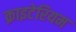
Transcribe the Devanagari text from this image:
क्राइटेरियम